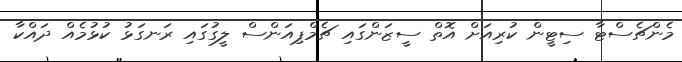
މެންޗެސްޓާ ސިޓީން ކުރިއަށް އޮތް ސީޒަންގައި ޗެމްޕިއަންސް ލީގުގައި ރަނގަޅު ކުޅުމެއް ދައްކާ